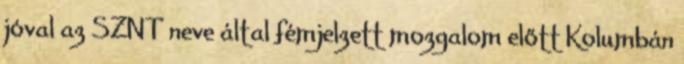
jóval az SZNT neve által fémjelzett mozgalom előtt Kolumbán